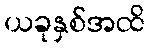
ယခုနှစ်အထိ